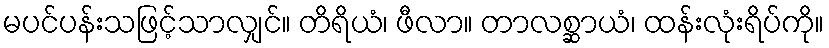
မပင်ပန်းသဖြင့်သာလျှင်။ တိရိယံ၊ ဖီလာ။ တာလစ္ဆာယံ၊ ထန်းလုံးရိပ်ကို။